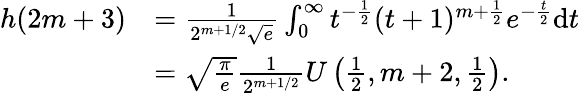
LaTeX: \begin{array}{rl}{h(2m+3)}&{=\frac{1}{2^{m+1/2}\sqrt{e}}\int_{0}^{\infty}t^{-\frac{1}{2}}(t+1)^{m+\frac{1}{2}}e^{-\frac{t}{2}}\mathrm{d}t}\\ &{=\sqrt{\frac{\pi}{e}}\frac{1}{2^{m+1/2}}U\left(\frac{1}{2},m+2,\frac{1}{2}\right).}\end{array}